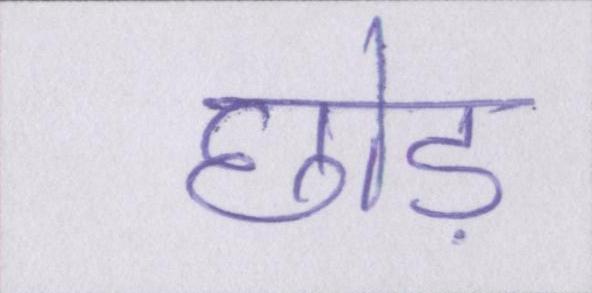
छोड़